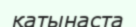
қатынаста